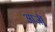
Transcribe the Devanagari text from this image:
आर्ज़ी